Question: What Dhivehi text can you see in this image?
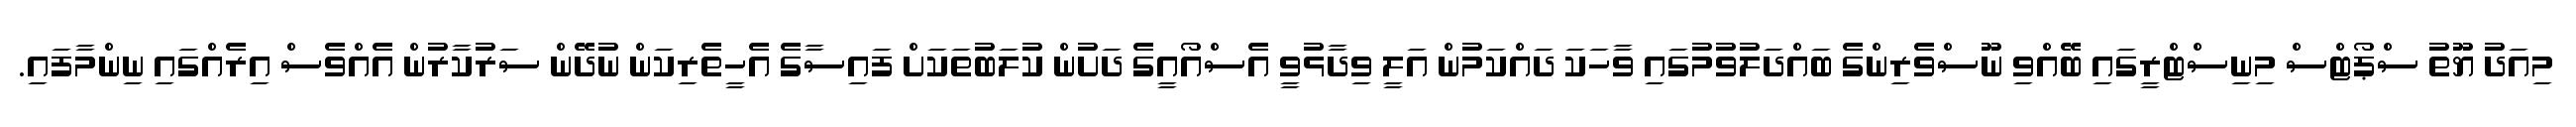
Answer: މިއަދު ޔޫތު ސްޕޯޓްސް މިނިސްޓްރީގައި ބޭއްވި ނޫސްވެރިންގެ ބައްދަލުވުމުގައި ވާހަކަ ދައްކަމުން އަލީ ވިދާޅުވީ އެސްއޯއީގެ ދަށުން ކުލަބުތަކަށް ފައިސާގެ އެހީތެރިކަން ނުދޭން ސަރުކާރުން އެއްވެސް އިރެއްގައި ނިންމާފައި.